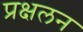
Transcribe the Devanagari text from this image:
प्रक्षलन